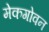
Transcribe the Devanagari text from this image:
मेकगोवन